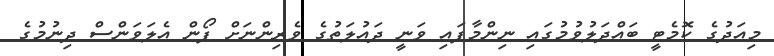
މިއަދުގެ ކޮމެޓީ ބައްދަލުވުމުގައި ނިންމާފައި ވަނީ ދައުލަތުގެ ވެރިންނަށް ފޯން އެލަވަންސް ދިނުމުގެ